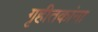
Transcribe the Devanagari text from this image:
गृहीतकांना